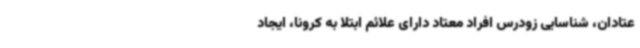
عتادان، شناسایی زودرس افراد معتاد دارای علائم ابتلا به کرونا، ایجاد